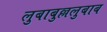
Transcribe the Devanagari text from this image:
लुबाबुल्ललुबाब